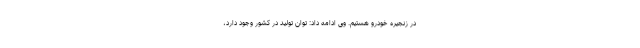
در زنجیره خودرو هستیم. وی ادامه داد: توان تولید در کشور وجود دارد،